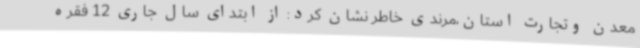
معدن وتجارت استان،مرندی خاطر نشان کرد: از ابتدای سال جاری 12 فقره